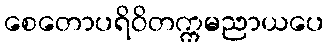
စေတောပရိဝိတက္ကမညာယပေ